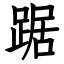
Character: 踞